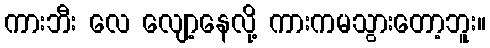
ကားဘီး လေ လျော့နေလို့ ကားကမသွားတော့ဘူး။